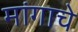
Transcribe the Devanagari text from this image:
मांगाचे